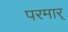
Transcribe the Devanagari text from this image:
परमार्